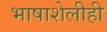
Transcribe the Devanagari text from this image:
भाषाशेलीही